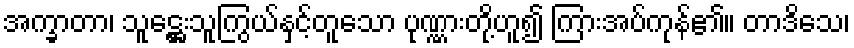
အက္ခာတာ၊ သူဋ္ဌေးသူကြွယ်နှင့်တူသော ပုဏ္ဏားတို့ဟူ၍ ကြားအပ်ကုန်၏။ တာဒိသေ၊